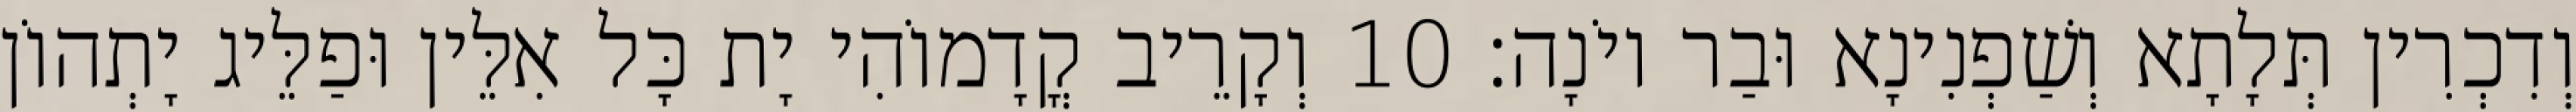
וְדִכְרִין תְּלָתָא וְשַׁפְנִינָא וּבַר יוֹנָה׃ 10 וְקָרֵיב קֳדָמוֹהִי יָת כָּל אִלֵּין וּפַלֵּיג יָתְהוֹן